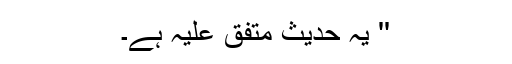
'' یہ حدیث متفق علیہ ہے۔